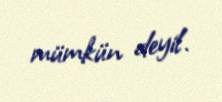
mümkün deyil.